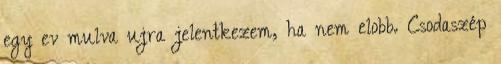
egy ev mulva ujra jelentkezem, ha nem elobb. Csodaszép